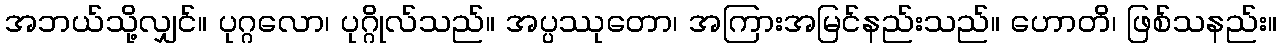
အဘယ်သို့လျှင်။ ပုဂ္ဂလော၊ ပုဂ္ဂိုလ်သည်။ အပ္ပဿုတော၊ အကြားအမြင်နည်းသည်။ ဟောတိ၊ ဖြစ်သနည်း။